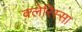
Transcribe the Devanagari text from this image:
क्लेरिस्सा